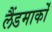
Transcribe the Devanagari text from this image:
लैंडमार्कों